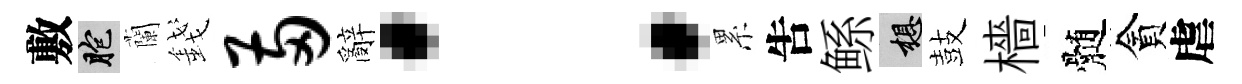
敷胞蘭錢两辭：累吿鲧想鼓檣髄貪虐